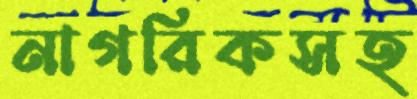
নাগরিকসহ